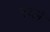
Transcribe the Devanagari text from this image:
रव्ले